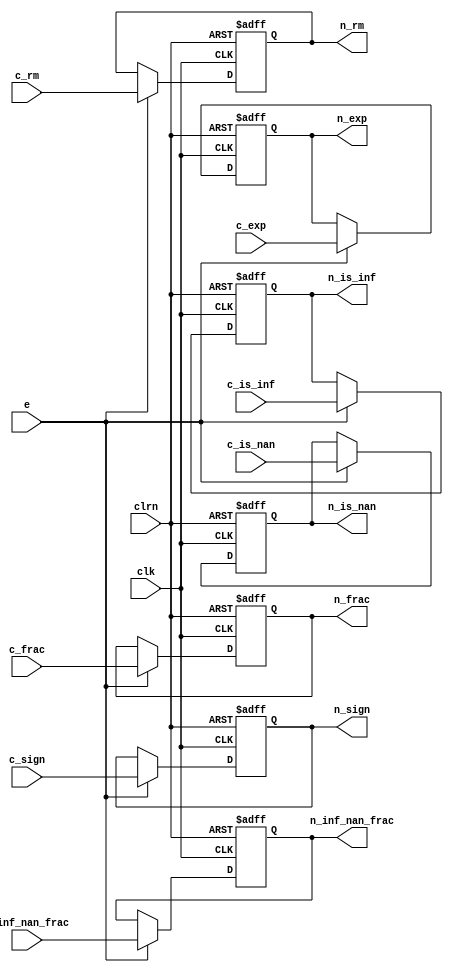
`timescale 1ns / 1ps
//////////////////////////////////////////////////////////////////////////////////
// Company: 
// Engineer: 
// 
// Design Name: 
// Module Name:    float_adder 
// Project Name: 
// Target Devices: 
// Tool versions: 
// Description: 
//
// Dependencies: 
//
// Revision: 
// Revision 0.01 - File Created
// Additional Comments: 
//
//////////////////////////////////////////////////////////////////////////////////
module reg_cal_norm (c_rm,c_is_nan,c_is_inf,c_inf_nan_frac,c_sign,c_exp,
c_frac,clk,clrn,e,n_rm,n_is_nan,n_is_inf,
n_inf_nan_frac,n_sign,n_exp,n_frac); // pipeline regs
	input [27:0] c_frac;
	input [22:0] c_inf_nan_frac;
	input [7:0] c_exp;
	input [1:0] c_rm;
	input c_is_nan, c_is_inf, c_sign;
	input e; // e: enable
	input clk, clrn; // clock and reset
	output reg [27:0] n_frac;
	output reg [22:0] n_inf_nan_frac;
	output reg [7:0] n_exp;
	output reg [1:0] n_rm;
	output reg n_is_nan,n_is_inf,n_sign;
	always @ (posedge clk or negedge clrn) begin
		if (!clrn) begin
			n_rm <= 0;
			n_is_nan <= 0;
			n_is_inf <= 0;
			n_inf_nan_frac <= 0;
			n_sign <= 0;
			n_exp <= 0;
			n_frac <= 0;
		end else if (e) begin
			n_rm <= c_rm;
			n_is_nan <= c_is_nan;
			n_is_inf <= c_is_inf;
			n_inf_nan_frac <= c_inf_nan_frac;
			n_sign <= c_sign;
			n_exp <= c_exp;
			n_frac <= c_frac;
		end
	end
endmodule